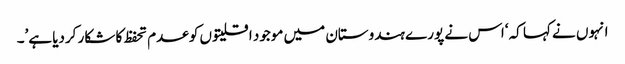
انہوں نے کہا کہ ‘اس نے پورے ہندوستان میں موجود اقلیتوں کو عدم تحفظ کا شکار کردیا ہے’۔